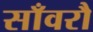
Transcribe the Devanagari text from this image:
साँवरौ